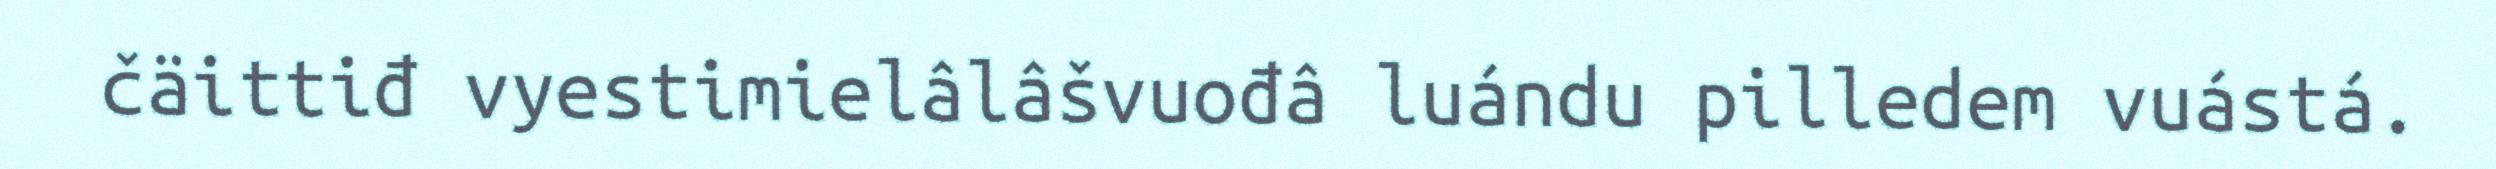
čäittiđ vyestimielâlâšvuođâ luándu pilledem vuástá.